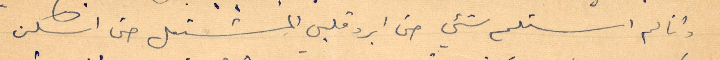
وانا لم استلم شيء حتى ابرد قلبي المشتعل حتى اسكن